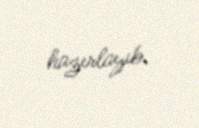
hazırlayıb.